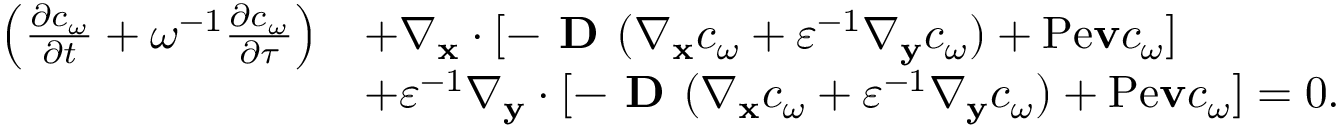
\begin{array} { r l } { \left( \frac { \partial c _ { \omega } } { \partial t } + \omega ^ { - 1 } \frac { \partial c _ { \omega } } { \partial \tau } \right) } & { + \nabla _ { \mathbf x } \cdot [ - \textbf { D } ( \nabla _ { \mathbf x } c _ { \omega } + \varepsilon ^ { - 1 } \nabla _ { \mathbf y } c _ { \omega } ) + \mathrm { P e } \mathbf v c _ { \omega } ] } \\ & { + \varepsilon ^ { - 1 } \nabla _ { \mathbf y } \cdot [ - \textbf { D } ( \nabla _ { \mathbf x } c _ { \omega } + \varepsilon ^ { - 1 } \nabla _ { \mathbf y } c _ { \omega } ) + \mathrm { P e } \mathbf v c _ { \omega } ] = 0 . } \end{array}